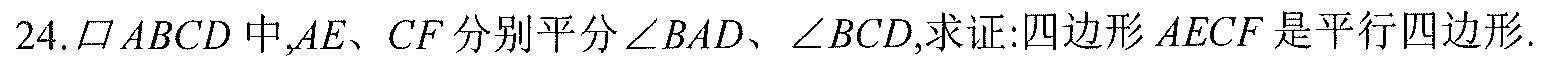
24. \(\square ABCD\)中,\(AE\)、\(CF\)分别平分\(\angle BAD\)、\(\angle BCD\),求证:四边形\(AECF\)是平行四边形.